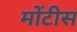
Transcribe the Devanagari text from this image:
मोंटीस